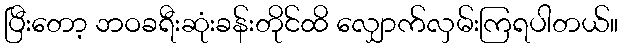
ပြီးတော့ ဘဝခရီးဆုံးခန်းတိုင်ထိ လျှောက်လှမ်းကြရပါတယ်။